Vaccination report Assam 1896-1927 - 1896-1927
Year: 1896
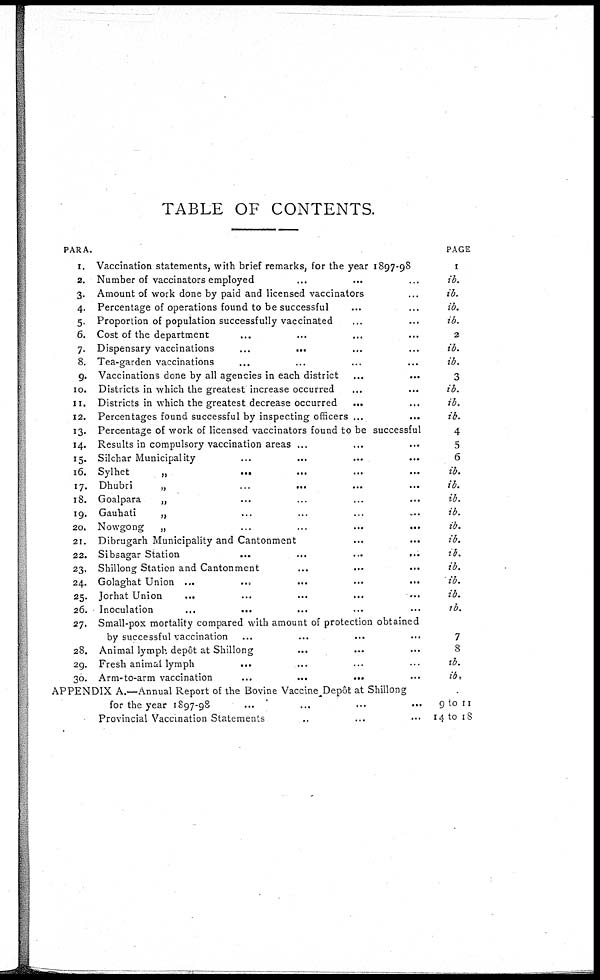
TABLE OF CONTENTS.
PARA.
1.
2.
3.
4.
5.
6.
7.
8.
9.
10.
11.
12.
13.
14.
15.
16.
17.
18.
19.
20.
21.
22.
23.
24.
25.
26.
27.
28.
29.
30.
Vaccination statements, with brief remarks, for the year 1897-98
Number of vaccinators employed ... ... ...
Amount of work done by paid and licensed vaccinators ...
Percentage of operations found to be successful ... ... ...
Proportion of population successfully vaccinated ... ... ...
Cost of the department ... ... ... ...
Dispensary vaccinations ... ... ... ...
Tea-garden vaccinations ... ... ... ...
Vaccinations done by all agencies in each district ... ...
Districts in which the greatest increase occurred ... ...
Districts in which the greatest decrease occurred
... ...
Percentages found successful by inspecting officers ...
...
Percentage of work of licensed vaccinators found to be successful
Results in compulsory vaccination areas ... ... ...
Silchar Municipality ... ... ... ...
Sylhet
„
...
...
...
...
Dhubri
„
...
... ... ...
Goalpara
„ ... ... ... ...
Gauhati
„ ... ... ... ...
Nowgong
„ ... ... ... ...
Dibrugarh Municipality and Cantonment ... ...
Sibsagar Station
...
...
...
...
Shillong Station and Cantonment ... ... ...
Golaghat Union ...
...
...
...
...
Jorhat Union
...
...
...
... ...
Inoculation
...
... ... ...
Small-pox mortality compared with amount of protection obtained
by successful vaccination ... ... ... ...
Animal lymph depôt at Shillong ... ... ...
Fresh animal lymph
...
Arm-to-arm vaccination
...
...
...
APPENDIX A.—Annual Report of the Bovine Vaccine Depôt at Shillong
for the year 1897-98
...
...
...
...
Provincial Vaccination Statements .. ... ...
PAGE
1
ib.
ib.
ib.
ib.
2
ib.
ib.
3
ib.
ib.
ib.
4
5
6
ib.
ib.
ib.
ib.
ib.
ib.
ib.
ib.
ib.
ib.
ib.
7
8
ib.
ib.
9 to 11
14 to 18